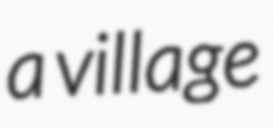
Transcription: a village